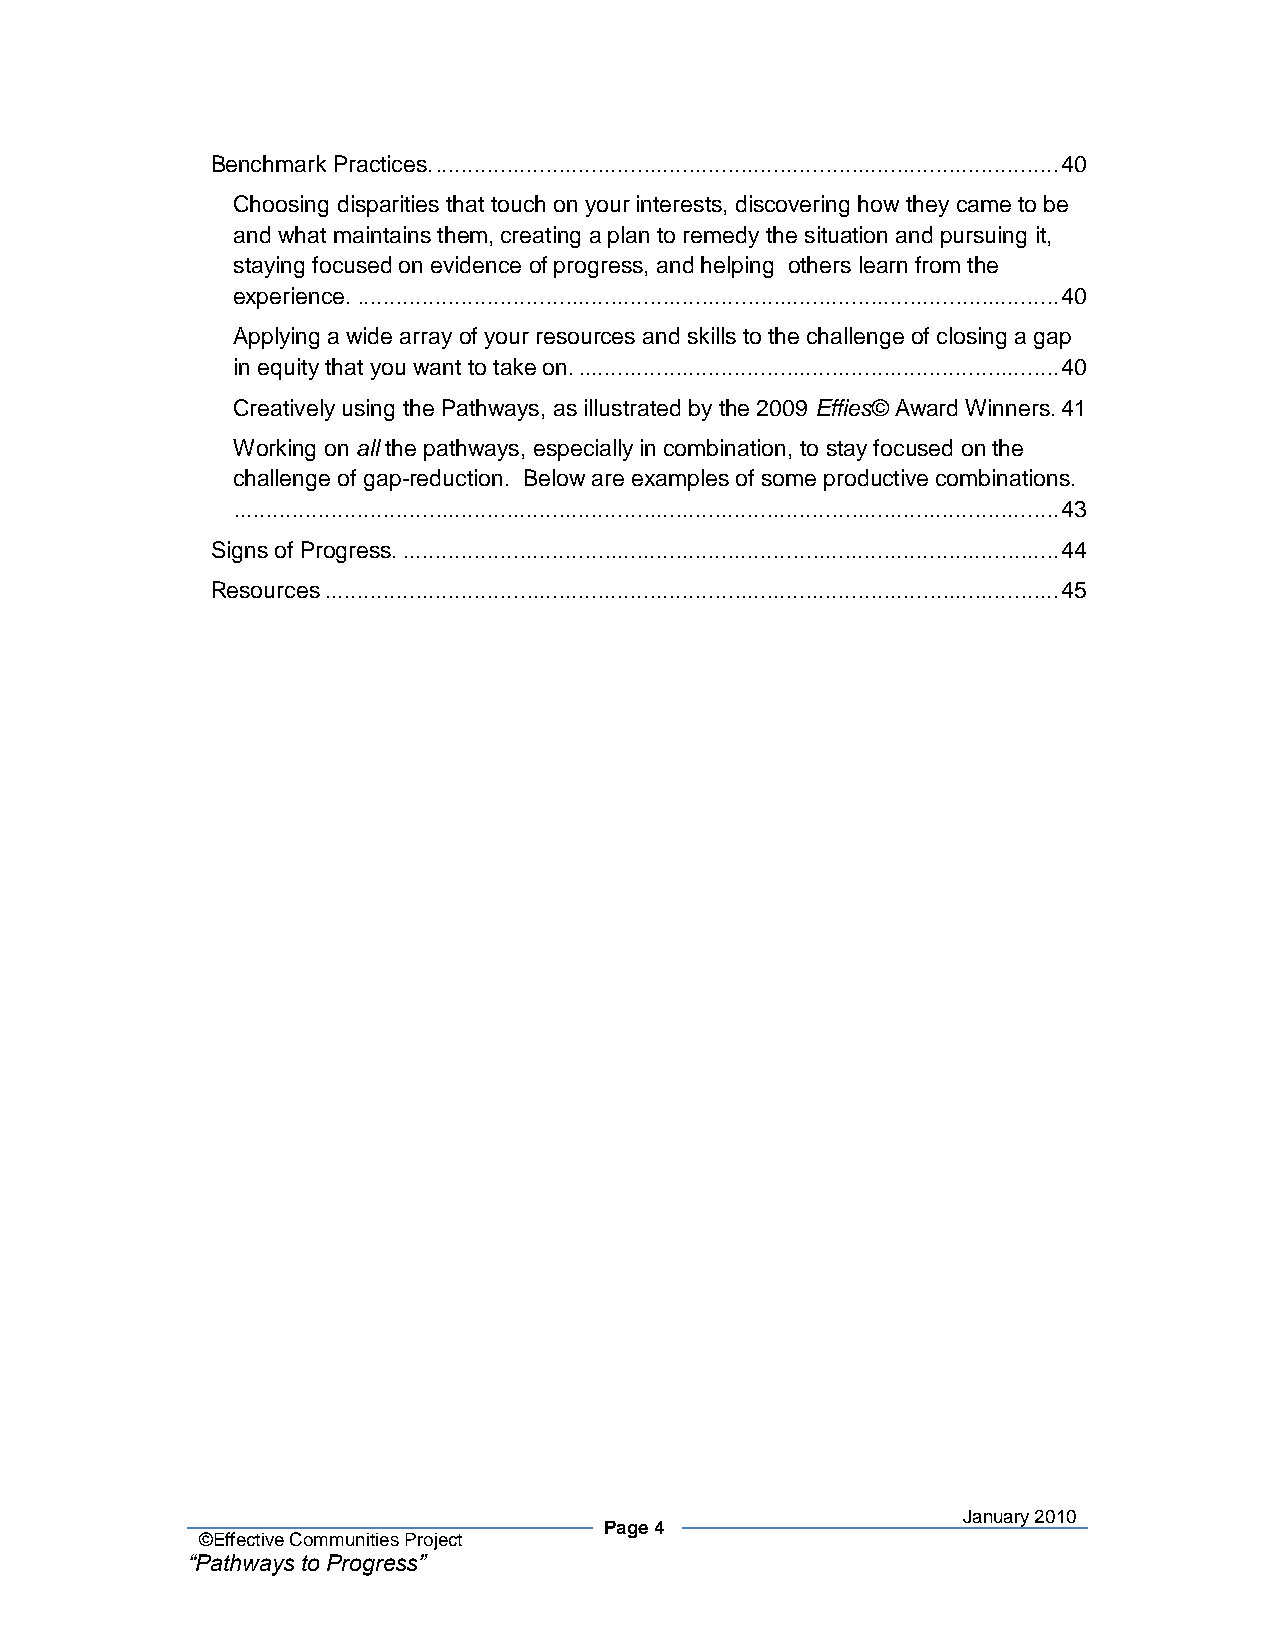
Benchmark Practices. ................................................................................................ 40
 Choosing disparities that touch on your interests, discovering how they came to be
 and what maintains them, creating a plan to remedy the situation and pursuing it,
 staying focused on evidence of progress, and helping others learn from the
 experience. ............................................................................................................ 40
 Applying a wide array of your resources and skills to the challenge of closing a gap
 in equity that you want to take on. .......................................................................... 40
 Creatively using the Pathways, as illustrated by the 2009 Effies© Award Winners. 41
 Working on all the pathways, especially in combination, to stay focused on the
 challenge of gap-reduction. Below are examples of some productive combinations.
 ............................................................................................................................... 43
 Signs of Progress. ..................................................................................................... 44
 Resources ................................................................................................................. 45
 January 2010
 Page 4
 ©Effective Communities Project
 “Pathways to Progress”